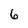
Character: 6